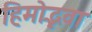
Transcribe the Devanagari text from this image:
हिमोद्भवा